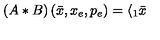
\left( A \ast B \right) ( \bar { x } , x _ { e } , p _ { e } ) = \langle _ { 1 } \bar { x }